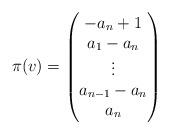
LaTeX: \begin{align*}\pi (v) =\begin{pmatrix}-a_n + 1 \\a_1 - a_n \\\vdots \\a_{n-1}-a_n \\a_n\end{pmatrix}\end{align*}